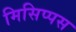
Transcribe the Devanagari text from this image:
मिसिप्पस